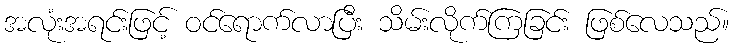
အလုံးအရင်းဖြင့် ဝင်ရောက်လာပြီး သိမ်းလိုက်ကြခြင်း ဖြစ်လေသည်။